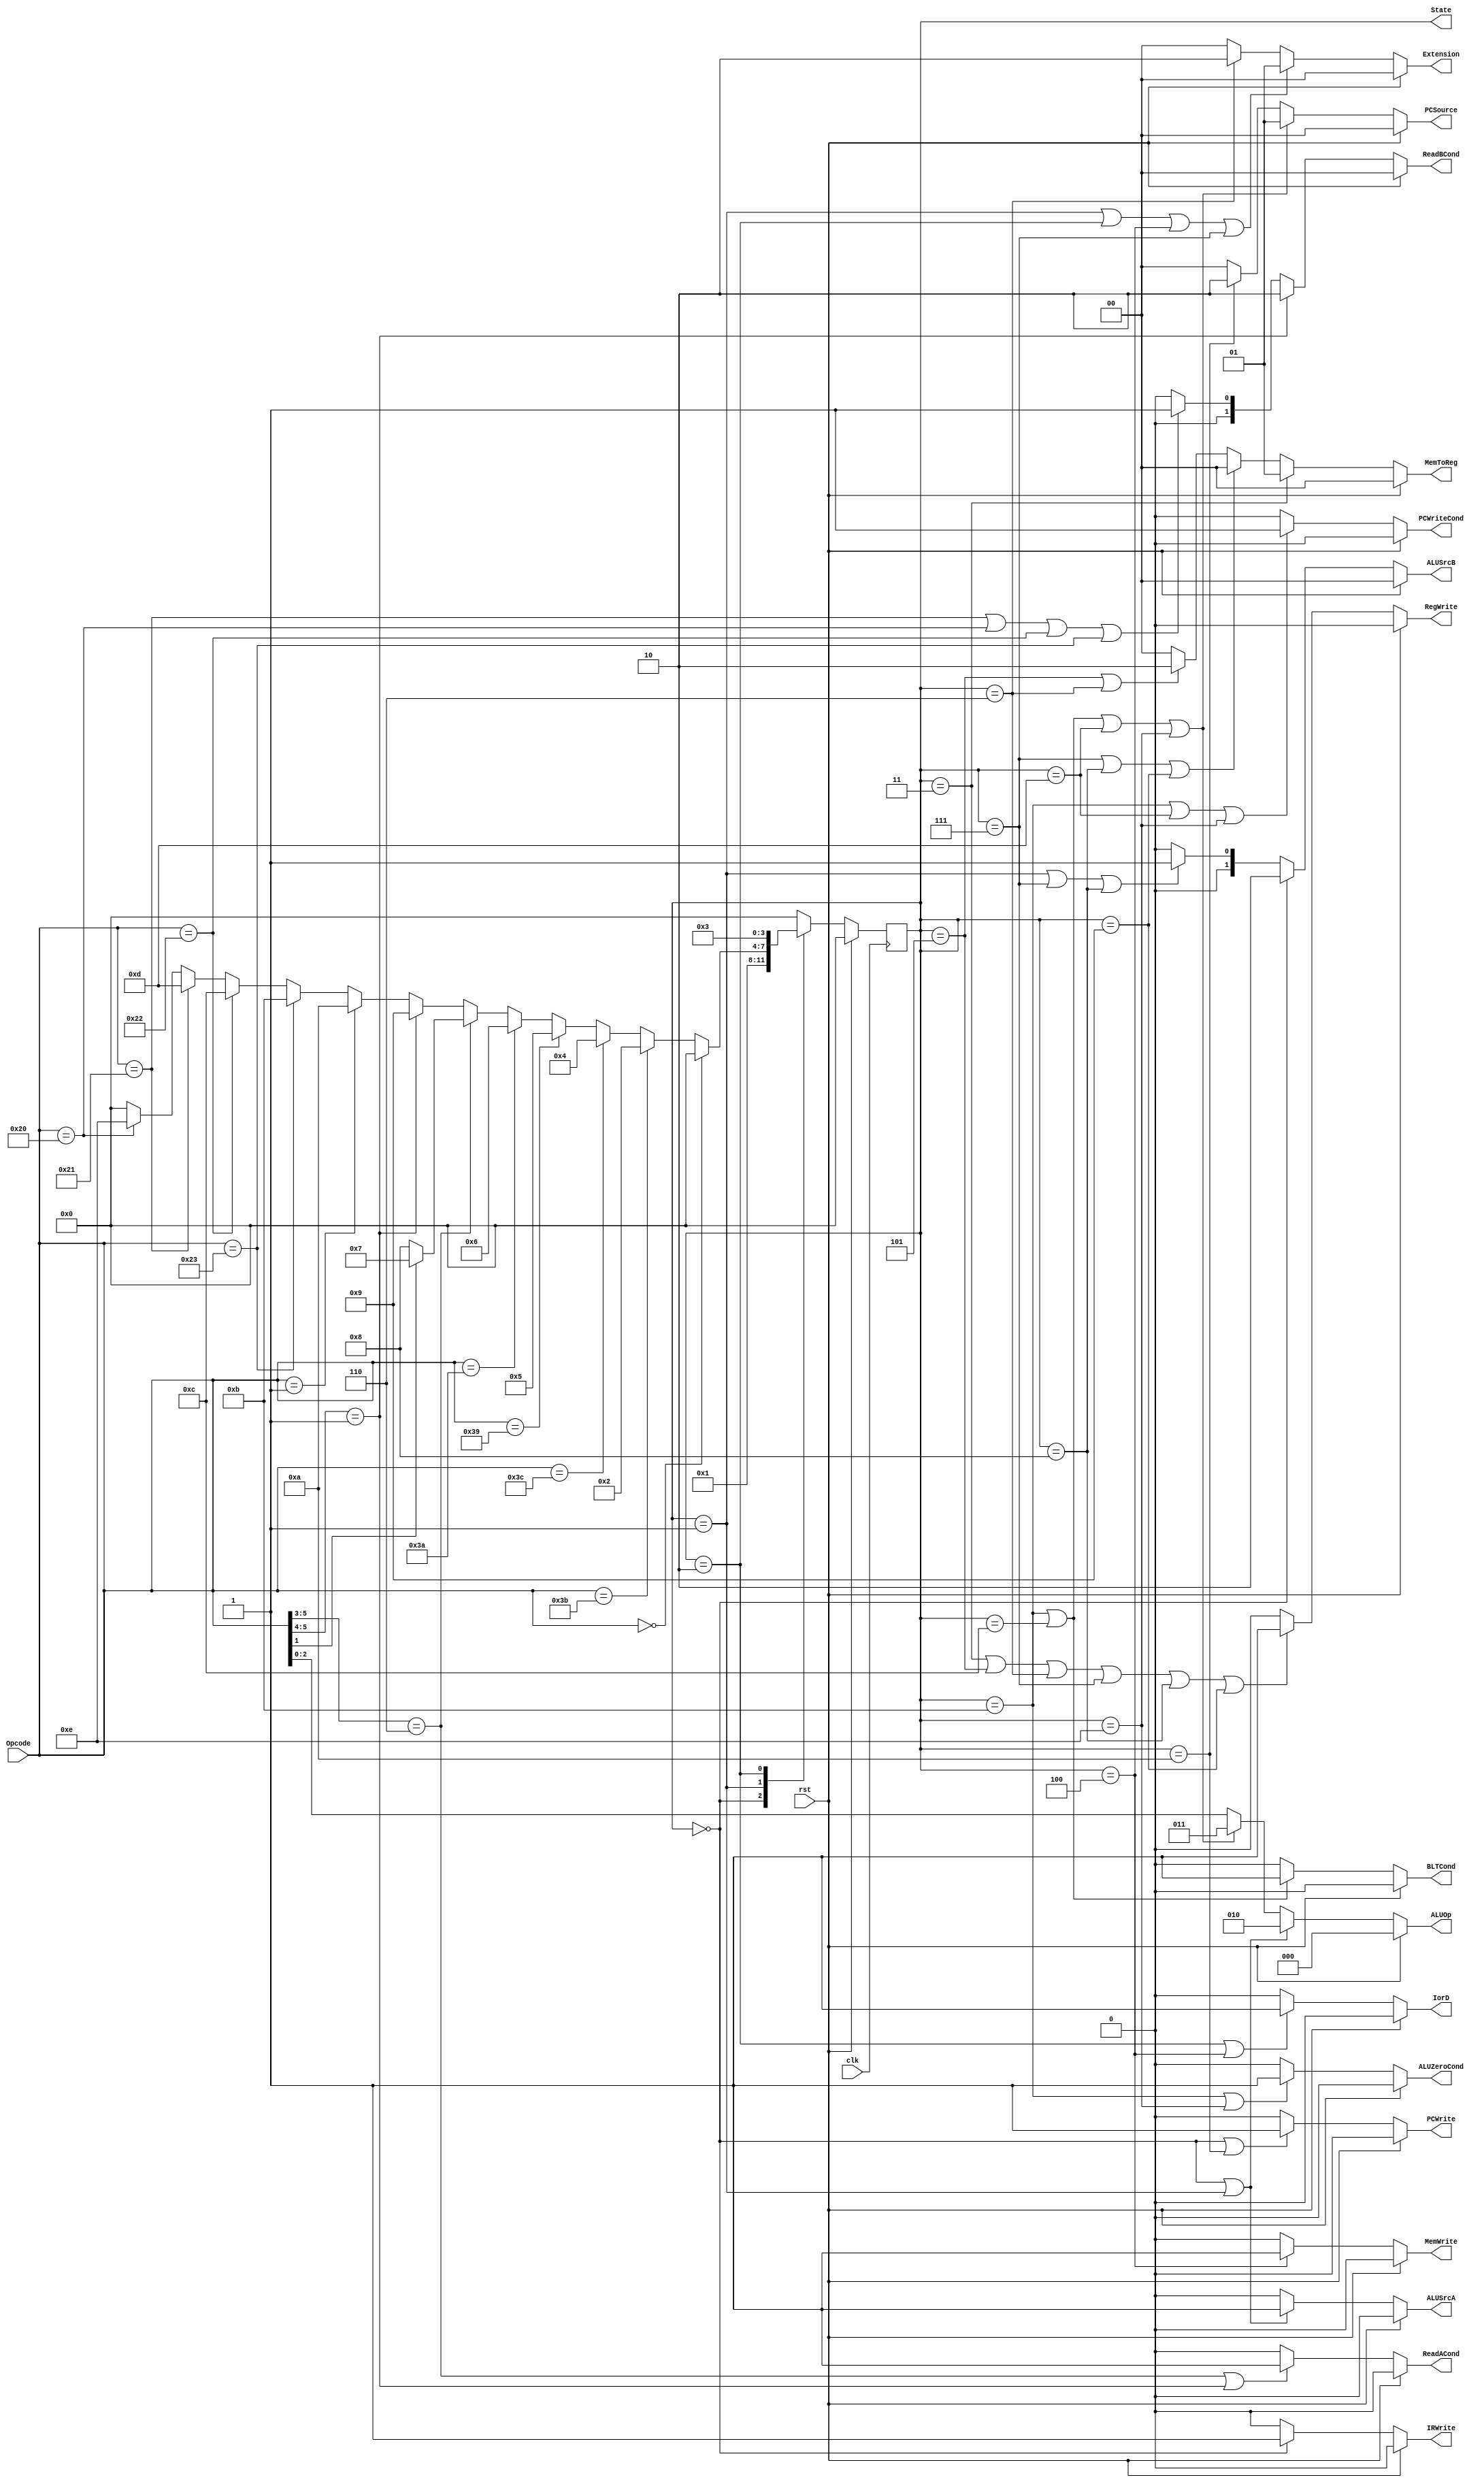
`timescale 1ns / 1ps
//////////////////////////////////////////////////////////////////////////////////
// Company: 
// Engineer: 
// 
// Design Name: 
// Module Name:    controller 
// Project Name: 
// Target Devices: 
// Tool versions: 
// Description: 
//
// Dependencies: 
//
// Revision: 
// Revision 0.01 - File Created
// Additional Comments: 
//
//////////////////////////////////////////////////////////////////////////////////
module controller(
		input clk,
		input rst,
		input [5:0] Opcode,
		output PCWrite,
		output IRWrite,
		output ALUZeroCond,
		output BLTCond,
		output PCWriteCond,
		output IorD,
		output MemWrite,
		output [1:0] MemToReg,
		output ReadACond,
		output [1:0] ReadBCond,
		output RegWrite,
		output [1:0] Extension,
		output [1:0] PCSource,
		output [2:0] ALUOp,
		output ALUSrcA,
		output [1:0] ALUSrcB,
		output reg [3:0] State
    );
	
	// create a dictionary here for readability
	parameter NoOp        = 6'b000000;
	parameter J           = 6'b000001;
	parameter BEQ         = 6'b100000;
	parameter BNE         = 6'b100001;
	parameter LI          = 6'b111001;
	parameter LUI         = 6'b111010;
	parameter LWI         = 6'b111011;
	parameter SWI         = 6'b111100;
	parameter R_Type_Mask = 2'b01;
	parameter I_Type_Mask = 3'b110;
	parameter BLT         = 6'b100010;
	parameter BLE         = 6'b100011;
	
	//reg [3:0] State;
	
	always @(posedge clk)
		begin
		if (rst)
			begin
			State <= 4'd0;
			end
		else
			begin
			case (State)
				4'd0:
					State <= 4'd1;
				4'd1:
					// most of the work is done here
					if (Opcode == NoOp)
						State <= 4'd0;
					else if (Opcode == LWI)
						State <= 4'd2;
					else if (Opcode == SWI)
						State <= 4'd4;
					else if (Opcode == LI)
						State <= 4'd5;
					else if (Opcode == LUI)
						State <= 4'd6;
					else if (Opcode[5:3] == I_Type_Mask)
						if (Opcode[1] == 1'b1)		// I-Type SE
							State <= 4'd7;
						else								// I-Type ZE
							State <= 4'd8;
					else if (Opcode[5:4] == R_Type_Mask)
						State <= 4'd9;
					else if (Opcode == J)
						State <= 4'd10;
					else if (Opcode == BLE)
						State <= 4'd11;
					else if (Opcode == BLT)
						State <= 4'd12;
					else if (Opcode == BNE)
						State <= 4'd13;
					else if (Opcode == BEQ)
						State <= 4'd14;
					// if we have a bad opcode go back to State 1 (NoOp)
					else
						State <= 4'd0;
				4'd2:
					State <= 4'd3;
				// if we get in a bad state go back to State 1
				default:
					State <= 4'd0;
			endcase
			end
		end
	
	assign PCWrite     = (rst == 1'b1) ? 1'b0  : (((State == 4'd0) || (State == 4'd10)) ? 1'b1 : 1'b0);
	assign IRWrite     = (rst == 1'b1) ? 1'b0  : ( (State == 4'd0) ? 1'b1 : 1'b0);
	assign ALUZeroCond = (rst == 1'b1) ? 1'b0  : (((State == 4'd11) || (State == 4'd14)) ? 1'b1 : 1'b0);
	assign BLTCond     = (rst == 1'b1) ? 1'b0  : (((State == 4'd11) || (State == 4'd12)) ? 1'b1 : 1'b0);
	assign PCWriteCond = (rst == 1'b1) ? 1'b0  : (((State == 4'd11) || (State == 4'd13) || (State == 4'd14)) ? 1'b1 : 1'b0);
	assign IorD        = (rst == 1'b1) ? 1'b0  : (((State == 4'd2) || (State == 4'd4)) ? 1'b1 : 1'b0);
	assign MemWrite    = (rst == 1'b1) ? 1'b0  : ( (State == 4'd4) ? 1'b1 : 1'b0);
	assign MemToReg    = (rst == 1'b1) ? 2'b00 : ( (State == 4'd3) ? 2'b01 : (((State == 4'd7) || (State == 4'd8) || (State == 4'd9)) ? 2'b00 : (((State == 4'd5) || (State == 4'd6)) ? 2'b10 : 2'b0)));
	assign RegWrite    = (rst == 1'b1) ? 1'b0  : (((State == 4'd3) || (State == 4'd5) || (State == 4'd6) || (State == 4'd7) || (State == 4'd8) || (State == 4'd9)) ? 1'b1 : 1'b0);
	assign Extension   = (rst == 1'b1) ? 2'b00 : (((State == 4'd1) || (State == 4'd2) || (State == 4'd4)|| (State == 4'd7)) ? 2'b01 : ((State == 4'd6) ? 2'b10 : 2'b00));
	assign PCSource    = (rst == 1'b1) ? 2'b00 : (((State == 4'd11) || (State == 4'd12) || (State == 4'd13) || (State == 4'd14)) ? 2'b01 : ((State == 4'd10) ? 2'b10 : 2'b00));
	assign ALUOp       = (rst == 1'b1) ? 3'd0  : (((State == 4'd0) || (State == 4'd1)) ? 3'b010 : (((State == 4'd11) || (State == 4'd12) || (State == 4'd13) || (State == 4'd14)) ? 3'b011 : Opcode[2:0]));
	assign ALUSrcA     = (rst == 1'b1) ? 1'b0  : (((State == 4'd0) || (State == 4'd1)) ? 1'b1 : 1'b0);
	assign ALUSrcB     = (rst == 1'b1) ? 2'b00 : ( (State == 4'd0) ? 2'b10 : (((State == 4'd1) || (State == 4'd7) || (State == 4'd8)) ? 2'b01 : 2'b00));

	assign ReadACond   = (rst == 1'b1) ? 1'b0  : (((Opcode[5:3] == I_Type_Mask) || (Opcode[5:4] == R_Type_Mask)) ? 1'b1 : 1'b0);
	assign ReadBCond   = (rst == 1'b1) ? 2'b00 : ( (Opcode[5:4] == R_Type_Mask) ? 2'b10 : (((Opcode == BNE) || (Opcode == BEQ) || (Opcode == BLT) || (Opcode == BLE)) ? 2'b01 : 2'b0));
endmodule